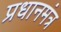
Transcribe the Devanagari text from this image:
प्रधानमंत्र